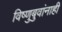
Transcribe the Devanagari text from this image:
विष्णुबुवांनाही